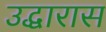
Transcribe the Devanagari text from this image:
उद्धारास